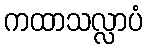
ကထာသလ္လာပံ